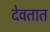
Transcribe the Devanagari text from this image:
देवतात